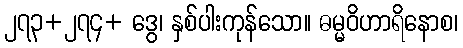
၂၇၃+၂၇၄+ ဒွေ၊ နှစ်ပါးကုန်သော။ ဓမ္မဝိဟာရိနောစ၊